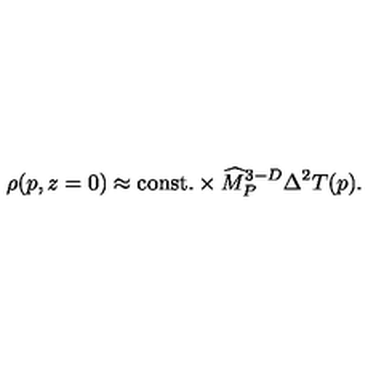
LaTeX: \rho ( p , z = 0 ) \approx \mathrm { c o n s t . } \times { \widehat M } _ { P } ^ { 3 - D } \Delta ^ { 2 } T ( p ) .